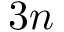
3 n